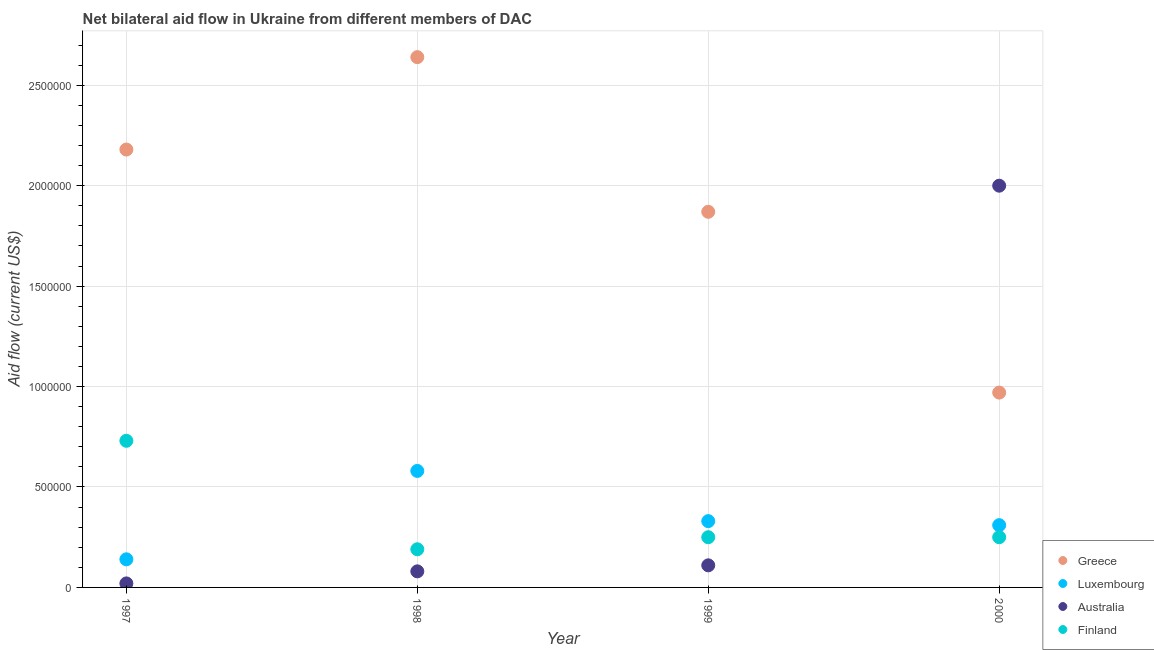
| Year | Greece | Luxembourg | Australia | Finland |
 | --- | --- | --- | --- | --- |
 | 1997 | 2.18e+06 | 1.4e+05 | 2e+04 | 7.3e+05 |
 | 1998 | 2.64e+06 | 5.8e+05 | 8e+04 | 1.9e+05 |
 | 1999 | 1.87e+06 | 3.3e+05 | 1.1e+05 | 2.5e+05 |
 | 2000 | 9.7e+05 | 3.1e+05 | 2e+06 | 2.5e+05 |